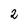
Character: 2